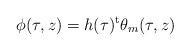
LaTeX: \begin{align*}\phi(\tau,z) = h(\tau)^{\rm t}\theta_m(\tau,z)\end{align*}